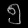
Digit: ၅